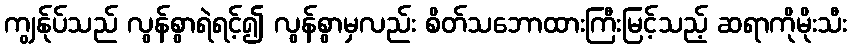
ကျွန်ုပ်သည် လွန်စွာရဲရင့်၍ လွန်စွာမှလည်း စိတ်သဘောထားကြီးမြင့်သည့် ဆရာကိုမိုးသီး